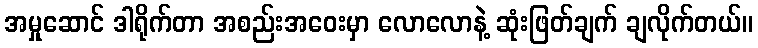
အမှုဆောင် ဒါရိုက်တာ အစည်းအဝေးမှာ လောလောနဲ့ ဆုံးဖြတ်ချက် ချလိုက်တယ်။